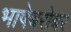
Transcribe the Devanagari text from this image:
भाषेबरोबर